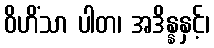
ဝိဟိံသာ ပါတ၊ အဒိန္နနှင့်၊